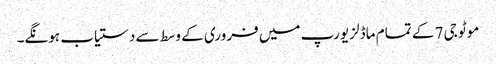
موٹو جی 7 کے تمام ماڈلز یورپ میں فروری کے وسط سے دستیاب ہونگے۔